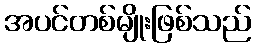
အပင်တစ်မျိုးဖြစ်သည်